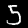
Label: 5